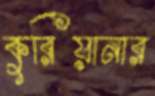
কুরিয়ানার